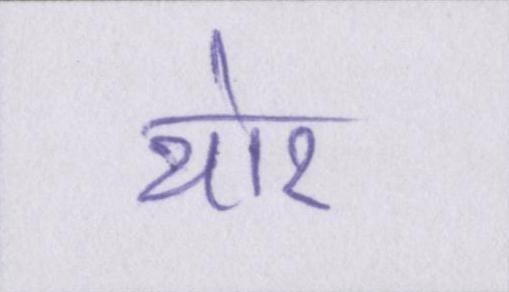
थोर